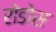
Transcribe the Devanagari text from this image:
रोडोस